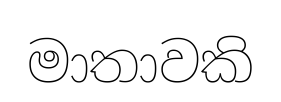
මාතාවකි